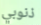
ذنوبي